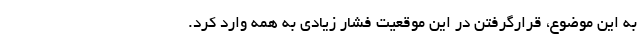
به این موضوع، قرارگرفتن در این موقعیت فشار زیادی به همه وارد کرد.